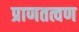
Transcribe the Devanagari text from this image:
प्राणतत्वण